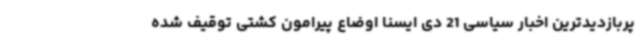
پربازدیدترین اخبار سیاسی 21 دی ایسنا اوضاع پیرامون کشتی توقیف شده